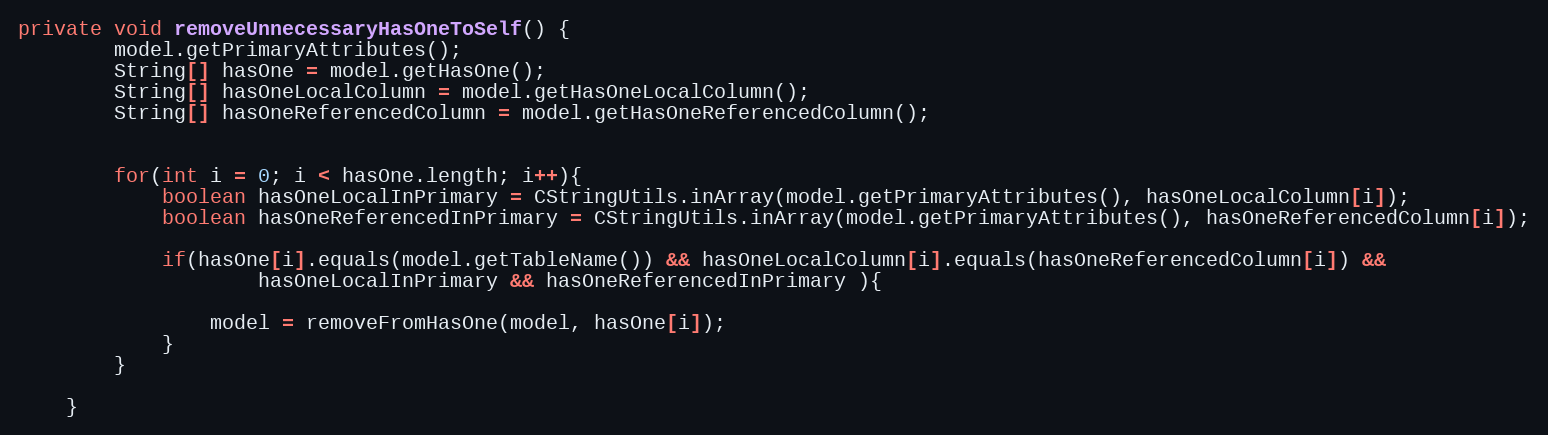
Language: Java
private void removeUnnecessaryHasOneToSelf() {
		model.getPrimaryAttributes();
		String[] hasOne = model.getHasOne();
		String[] hasOneLocalColumn = model.getHasOneLocalColumn();
		String[] hasOneReferencedColumn = model.getHasOneReferencedColumn();

		for(int i = 0; i < hasOne.length; i++){
			boolean hasOneLocalInPrimary = CStringUtils.inArray(model.getPrimaryAttributes(), hasOneLocalColumn[i]);
			boolean hasOneReferencedInPrimary = CStringUtils.inArray(model.getPrimaryAttributes(), hasOneReferencedColumn[i]);

			if(hasOne[i].equals(model.getTableName()) && hasOneLocalColumn[i].equals(hasOneReferencedColumn[i]) &&
					hasOneLocalInPrimary && hasOneReferencedInPrimary ){

				model = removeFromHasOne(model, hasOne[i]);
			}
		}

	}